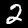
Digit: 2